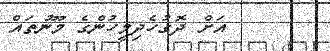
އަށް ދޮގުހެދިމީހުންގެ މޫނުތައް